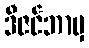
ဒီဇင်ဘာမှ